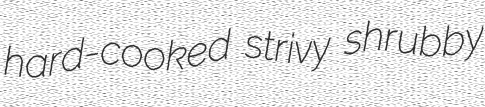
hard-cooked strivy shrubby